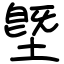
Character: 墍